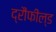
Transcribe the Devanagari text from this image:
द्रौंफील्ड